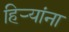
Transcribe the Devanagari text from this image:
हिर्‍यांना